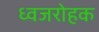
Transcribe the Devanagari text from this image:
ध्वजरोहक